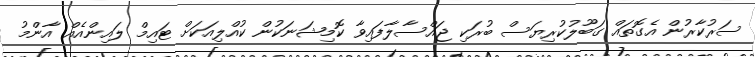
ސަރުކާރުން އެގޮތައް ގަބޫލުކުރިޔަސް ބުރަކި ޖައްސާލާފައިވާ ކޮމިޝަނަކުން ކުއްލިއަކަށް ޓައިމް ލައިންއެއް އާންމު